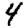
Digit: 4